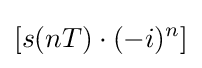
\left[s(nT)\cdot (-i)^{n}\right]